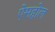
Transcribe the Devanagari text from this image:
ऐसहोल